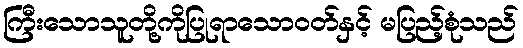
ကြီးသောသူတို့ကိုပြုရာသောဝတ်နှင့် မပြည့်စုံသည်